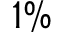
1 \%